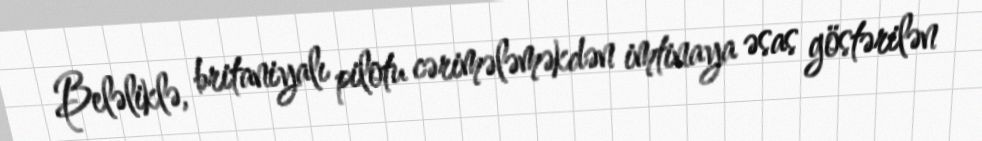
Beləliklə, britaniyalı pilotu cərimələməkdən imtinaya əsas göstərilən